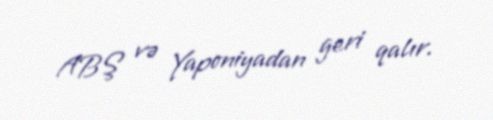
ABŞ və Yaponiyadan geri qalır.